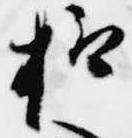
抑